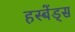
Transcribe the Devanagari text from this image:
हस्बेंड्स